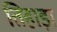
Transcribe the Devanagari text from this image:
तिहाड़ा